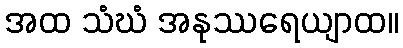
အထ သံဃံ အနုဿရေယျာထ။